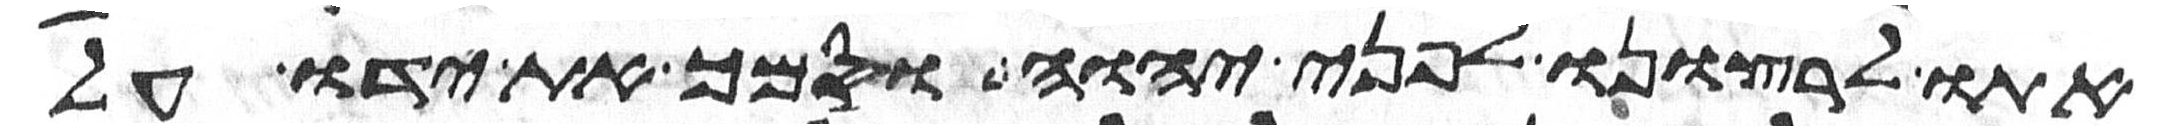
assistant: אתו לרצונו לפני יהוה וסמך את ידו על